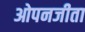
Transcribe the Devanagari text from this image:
ओपनजीता